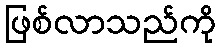
ဖြစ်လာသည်ကို